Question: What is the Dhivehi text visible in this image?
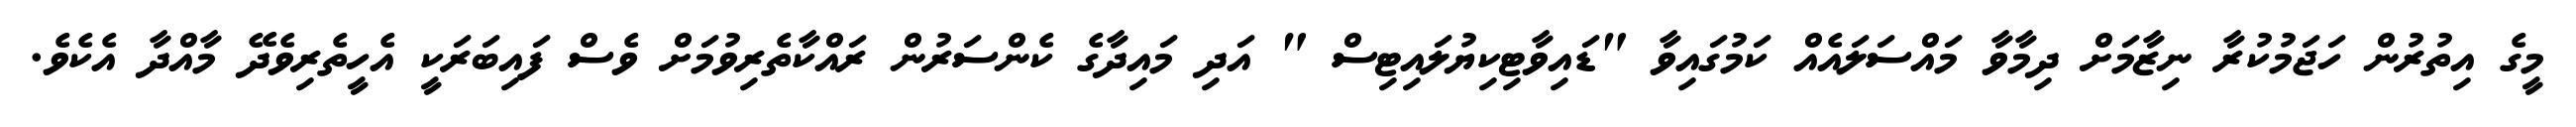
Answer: މީގެ އިތުރުން ހަޖަމުކުރާ ނިޒާމަށް ދިމާވާ މައްސަލައެއް ކަމުގައިވާ "ޑައިވާޓިކިޔުލައިޓިސް " އަދި މައިދާގެ ކެންސަރުން ރައްކާތެރިވުމަށް ވެސް ފައިބަރަކީ އެހީތެރިވެދޭ މާއްދާ އެކެވެ.